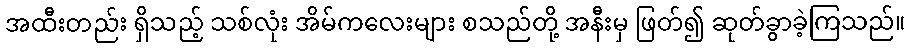
အထီးတည်း ရှိသည့် သစ်လုံး အိမ်ကလေးများ စသည်တို့ အနီးမှ ဖြတ်၍ ဆုတ်ခွာခဲ့ကြသည်။